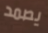
يصمد